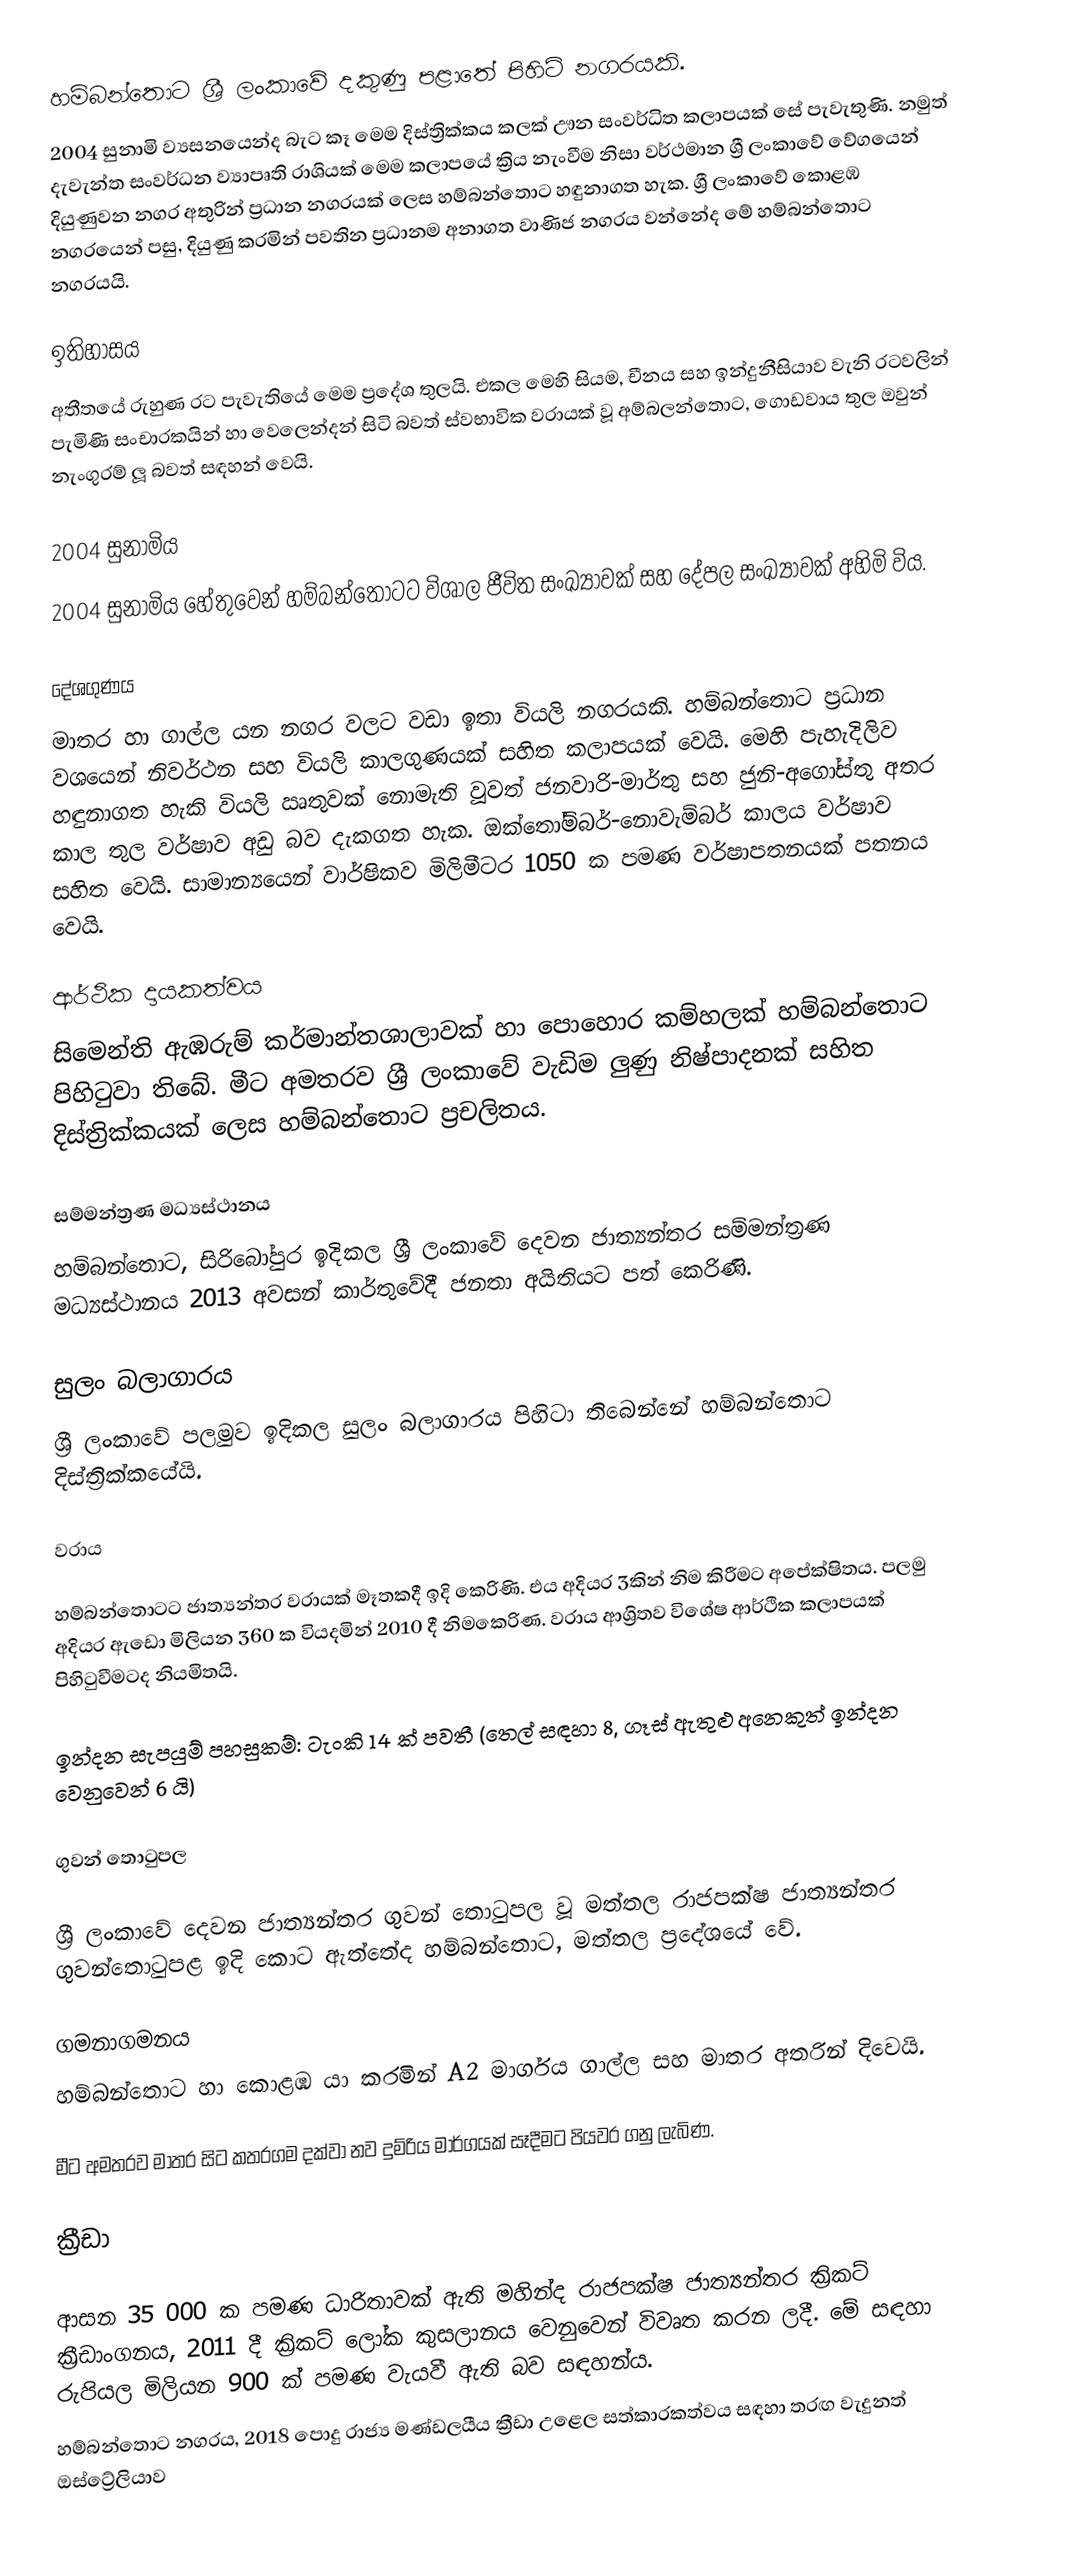
හම්බන්තොට ශ්‍රී ලංකාවේ දකුණු පළාතේ පිහිටි නගරයකි.
2004 සුනාමි ව්‍යසනයෙන්ද බැට කෑ මෙම දිස්ත්‍රික්කය කලක් ඌන සංවර්ධිත කලාපයක් සේ පැවැතුණි. නමුත් දැවැන්ත සංවර්ධන ව්‍යාපෘති රාශියක් මෙම කලාපයේ ක්‍රිය නැංවීම නිසා වර්ථමාන ශ්‍රී ලංකාවේ වේගයෙන් දියුණුවන නගර අතුරින් ප්‍රධාන නගරයක් ලෙස හම්බන්තොට හඳුනාගත හැක. ශ්‍රී ලංකාවේ කොළඹ නගරයෙන් පසු, දියුණු කරමින් පවතින ප්‍රධානම අනාගත වාණිජ නගරය වන්නේද මේ හම්බන්තොට නගරයයි.

ඉතිහාසය
අතීතයේ රුහුණ රට පැවැතියේ මෙම ප්‍රදේශ තුලයි. එකල මෙහි සියම, චීනය සහ ඉන්දුනීසියාව වැනි රටවලින් පැමිණි සංචාරකයින් හා වෙලෙන්දන් සිටි බවත් ස්වභාවික වරායක් වූ අම්බලන්තොට, ගොඩවාය තුල ඔවුන් නැංගුරම් ලූ බවත් සඳහන් වෙයි.

2004 සුනාමිය
2004 සුනාමිය හේතුවෙන් හම්බන්තොටට  විශාල ජීවිත සංඛ්‍යාවක් සහ දේපල සංඛ්‍යාවක් අහිමි විය.

දේශගුණය
මාතර හා ගාල්ල යන නගර වලට වඩා ඉතා වියලි නගරයකි. හම්බන්තොට ප්‍රධාන වශයෙන් නිවර්ථන සහ වියලි කාලගුණයක් සහිත කලාපයක් වෙයි. මෙහි පැහැදිලිව හඳුනාගත හැකි වියලි ඍතුවක් නොමැති වූවත් ජනවාරි-මාර්තු සහ ජුනි-අගෝස්තු අතර කාල තුල වර්ෂාව අඩු බව දැකගත හැක. ඔක්තෝම්බර්-නොවැම්බර් කාලය වර්ෂාව සහිත වෙයි. සාමාන්‍යයෙන් වාර්ෂිකව මිලිමීටර 1050 ක පමණ වර්ෂාපතනයක් පතනය වෙයි.

ආර්ථික දායකත්වය
සිමෙන්ති ඇඹරුම් කර්මාන්තශාලාවක් හා පොහොර කම්හලක් හම්බන්තොට පිහිටුවා තිබේ. මීට අමතරව ශ්‍රී ලංකාවේ වැඩිම ලුණු නිෂ්පාදනක් සහිත දිස්ත්‍රික්කයක් ලෙස හම්බන්තොට ප්‍රචලිතය.

සම්මන්ත්‍රණ මධ්‍යස්ථානය
හම්බන්තොට, සිරිබෝපුර ඉදිකල ශ්‍රී ලංකාවේ දෙවන ජාත්‍යන්තර සම්මන්ත්‍රණ මධ්‍යස්ථානය 2013 අවසන් කාර්තුවේදී ජනතා අයිතියට පත් කෙරිණි.

සුලං බලාගාරය
ශ්‍රී ලංකාවේ පලමුව ඉදිකල සුලං බලාගාරය පිහිටා තිබෙන්නේ හම්බන්තොට දිස්ත්‍රික්කයේයි.

වරාය

හම්බන්තොටට ජාත්‍යන්තර වරායක් මෑතකදී ඉදි කෙරිණි. එය අදියර 3කින් නිම කිරීමට අපේක්ෂිතය. පලමු අදියර ඇඩො මිලියන 360 ක වියදමින් 2010 දී නිමකෙරිණ. වරාය ආශ්‍රිතව විශේෂ ආර්ථික කලාපයක් පිහිටුවීමටද නියමිතයි.

ඉන්දන සැපයුම් පහසුකම්: ටැංකි 14 ක් පවතී (තෙල් සඳහා 8, ගෑස් ඇතුළු අනෙකුත් ඉන්දන වෙනුවෙන් 6 යි)

ගුවන් තොටුපල

ශ්‍රී ලංකාවේ දෙවන ජාත්‍යන්තර ගුවන් තොටුපල වූ මත්තල රාජපක්ෂ ජාත්‍යන්තර ගුවන්තොටුපළ ඉදි කොට ඇත්තේද හම්බන්තොට, මත්තල ප්‍රදේශයේ වේ.

ගමනාගමනය
හම්බන්තොට හා කොළඹ යා කරමින් A2 මාර්ගය ගාල්ල සහ මාතර අතරින් දිවෙයි.

මීට අමතරව මාතර සිට කතරගම දක්වා නව දුම්රිය මාර්ගයක් සෑදීමට පියවර ගනු ලැබිණ.

ක්‍රීඩා

ආසන 35 000 ක පමණ ධාරිතාවක් ඇති මහින්ද රාජපක්ෂ ජාත්‍යන්තර ක්‍රිකට් ක්‍රීඩාංගනය, 2011 දී ක්‍රිකට් ලෝක කුසලානය වෙනුවෙන් විවෘත කරන ලදී. මේ සඳහා රුපියල මිලියන 900 ක් පමණ වැයවී ඇති බව සඳහන්ය.
හම්බන්තොට නගරය, 2018 පොදු රාජ්‍ය මණ්ඩලයීය ක්‍රීඩා උළෙල සත්කාරකත්වය සඳහා තරඟ වැදුනත් ඔස්ට්‍රේලියාව